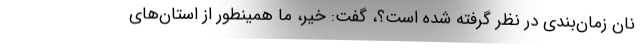
نان زمان‌بندی در نظر گرفته شده است؟، گفت: خیر، ما همینطور از استان‌های